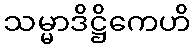
သမ္မာဒိဋ္ဌိကေဟိ